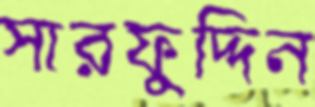
সারফুদ্দিন